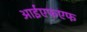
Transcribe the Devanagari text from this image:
आईएफएफ